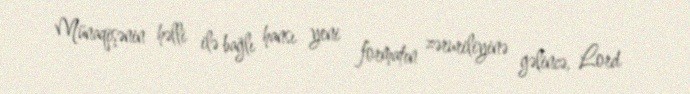
Münaqişənin həlli ilə bağlı hansı yeni formatın zəruriliyinə gəlincə, Lord